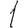
Digit: 1